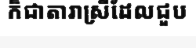
ក៏ជាតារាស្រីដែលជួប